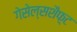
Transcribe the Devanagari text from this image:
गेसेल्सशैफ़्ट